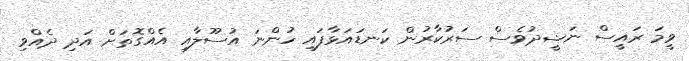
ވީމަ ރައީސް ނަޝީދުވެސް ސަރުކާރުން ކަނޑައަޅާފައި ހުންނަ އުސޫލާއި އެއްގޮތަށް އަދި ދެއްވި